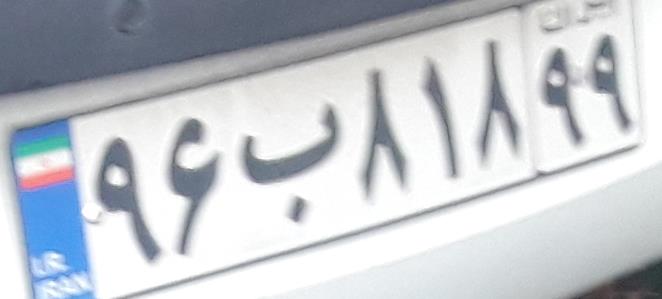
۹۶ب۸۱۸۹۹